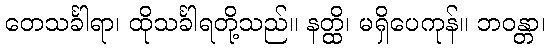
တေသင်္ခါရာ၊ ထိုသင်္ခါရတို့သည်။ နတ္ထိ၊ မရှိပေကုန်။ ဘဝန္တာ၊